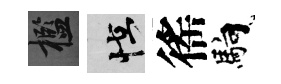
檻怪徭馿